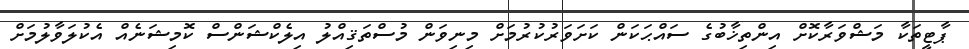
ޕާޓީތަކާ މަޝްވަރާކޮށް އިންތިޚާބުގެ ސައްޙަކަން ކަށަވަރުކުރުމަށް މިނިވަން މުސްތަޤިއްލު އިލެކްޝަންސް ކޮމިޝަނެއް އެކުލަވާލުމަށް